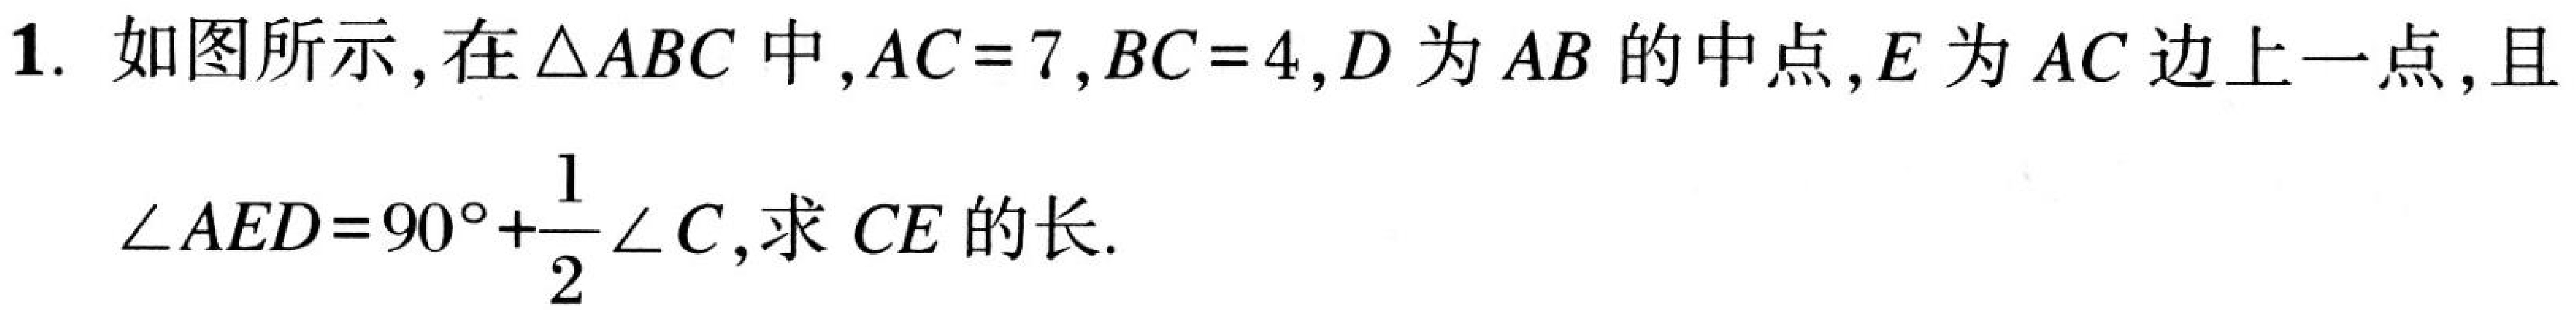
1. 如图所示,在\(\triangle ABC\)中,\(AC = 7\),\(BC = 4\),\(D\)为\(AB\)的中点,\(E\)为\(AC\)边上一点,且\(\angle AED=90^{\circ}+\frac{1}{2}\angle C\),求\(CE\)的长.